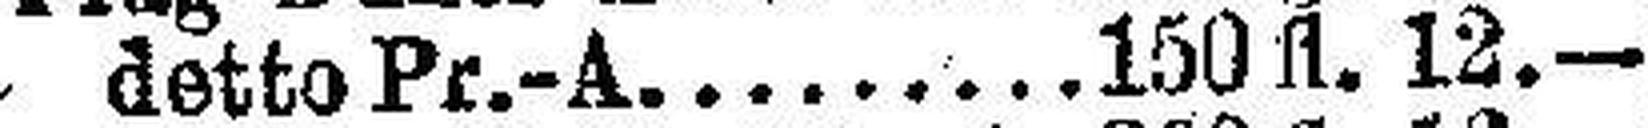
detto Pr.-A. 150 fl. 12.—